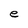
Character: e